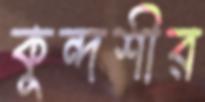
কুন্দশীর